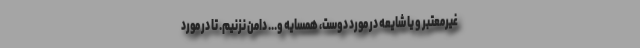
غیرمعتبر و یا شایعه در مورد دوست، همسایه و... دامن نزنیم. تا در مورد